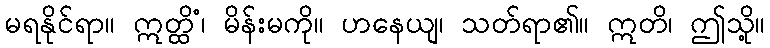
မရနိုင်ရာ။ ဣတ္ထိံ၊ မိန်းမကို။ ဟနေယျ၊ သတ်ရာ၏။ ဣတိ၊ ဤသို့။